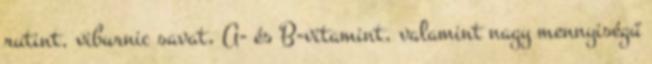
rutint, viburnic savat, A- és B-vitamint, valamint nagy mennyiségű